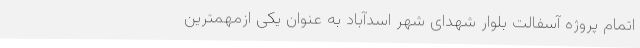
اتمام پروژه آسفالت بلوار شهدای شهر اسدآباد به عنوان یکی ازمهمترین